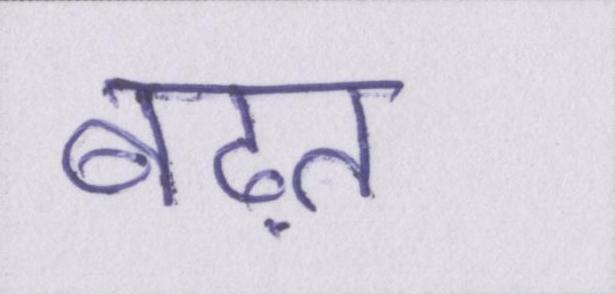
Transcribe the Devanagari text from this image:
बढ़त